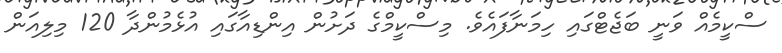
ސްކީމެއް ވަނީ ބަޖެޓްގައި ހިމަނާފައެވެ. މިސްކީމްގެ ދަށުން އިންޑިއާގައި އުޅެމުންދާ 120 މިލިއަން